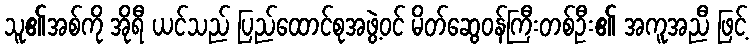
သူ၏အစ်ကို အိုရီ ယင်သည် ပြည်ထောင်စုအဖွဲ့ဝင် မိတ်ဆွေဝန်ကြီးတစ်ဦး၏ အကူအညီ ဖြင့်